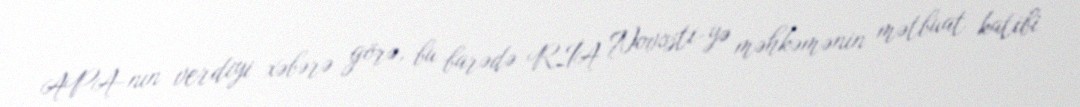
APA-nın verdiyi xəbərə görə, bu barədə RİA Novosti-yə məhkəmənin mətbuat katibi